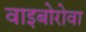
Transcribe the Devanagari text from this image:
वाइबोरोवा